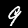
Label: 9